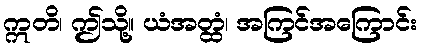
ဣတိ၊ ဤသို့။ ယံအတ္ထံ၊ အကြင်အကြောင်း